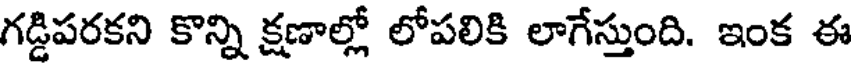
గడ్డిపరకని కొన్ని క్షణాల్లో లోపలికి లాగేస్తుంది. ఇంక ఈ